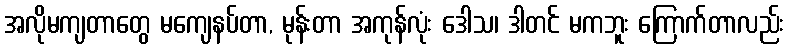
အလိုမကျတာတွေ မကျေနပ်တာ, မုန်းတာ အကုန်လုံး ဒေါသ၊ ဒါတင် မကဘူး ကြောက်တာလည်း